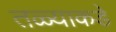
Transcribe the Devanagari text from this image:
तळ्याकडे